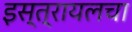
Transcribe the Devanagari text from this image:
इस्त्रायलचा